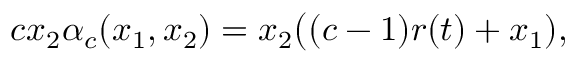
\begin{array} { r } { c x _ { 2 } \alpha _ { c } ( x _ { 1 } , x _ { 2 } ) = x _ { 2 } \big ( ( c - 1 ) r ( t ) + x _ { 1 } ) , } \end{array}